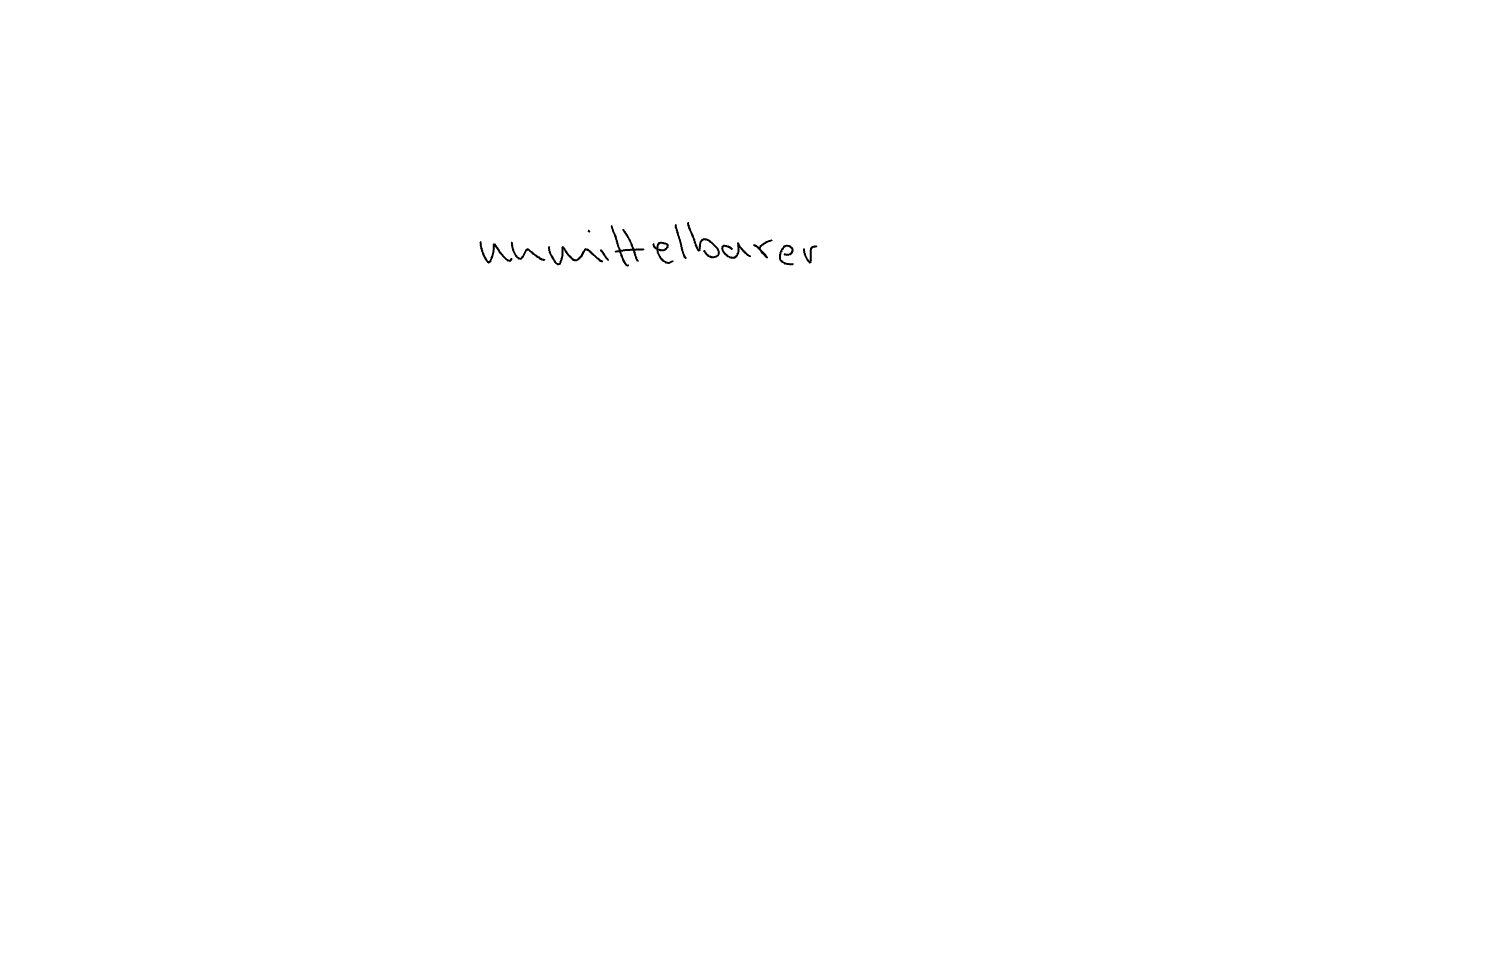
Text: unmittelbarer